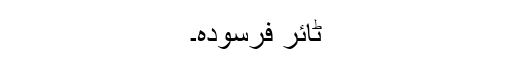
ٹائر فرسودہ۔